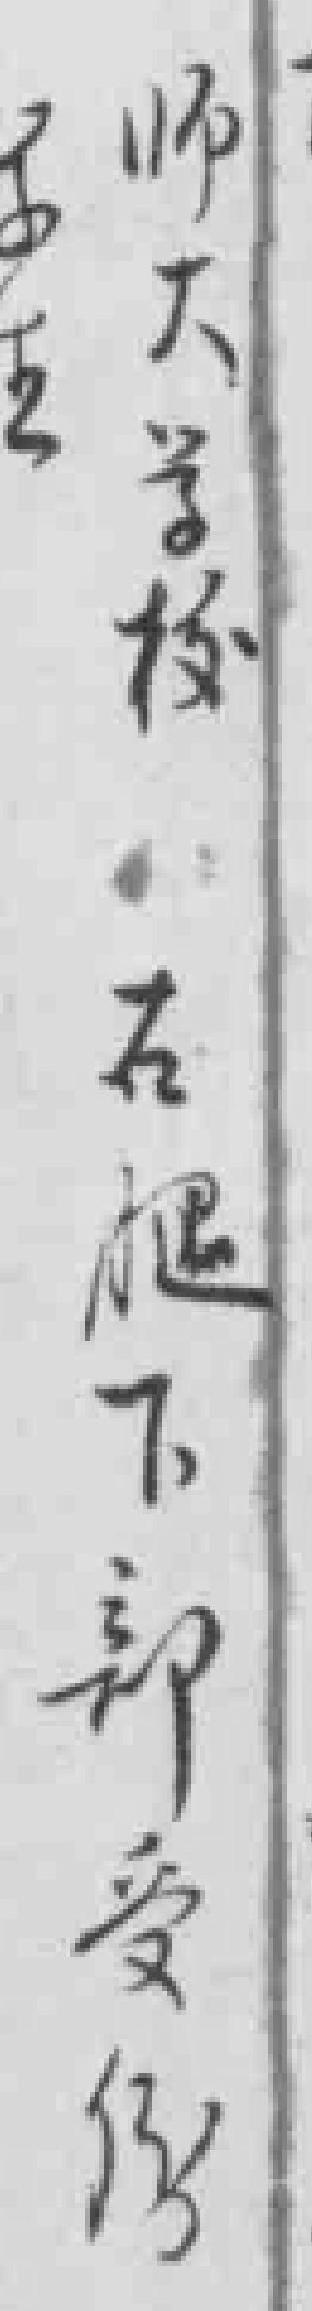
师大学校右腿下部受傷